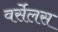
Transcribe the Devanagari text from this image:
वर्सेलस